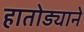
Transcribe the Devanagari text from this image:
हातोड्याने